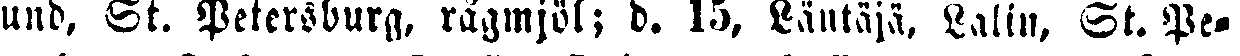
lund, St. Petersburg, rågmjöl; d. 15, Läntäjä. Lalin, St. Pe-